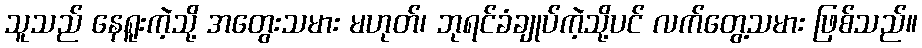
သူသည် နေရူးကဲ့သို့ အတွေးသမား မဟုတ်၊ ဘုရင်ခံချုပ်ကဲ့သို့ပင် လက်တွေ့သမား ဖြစ်သည်။